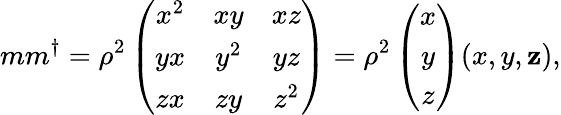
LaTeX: mm^{\dagger}=\rho^{2}\left(\begin{array}{ccc}{{x^{2}}}&{{xy}}&{{xz}}\\ {{yx}}&{{y^{2}}}&{{yz}}\\ {{zx}}&{{zy}}&{{z^{2}}}\end{array}\right)=\rho^{2}\left(\begin{array}{c}{{x}}\\ {{y}}\\ {{z}}\end{array}\right)(x,y,\mathbf{z}),